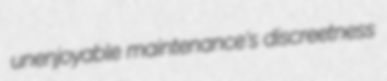
unenjoyable maintenance's discreetness